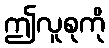
ဤလူစုကို